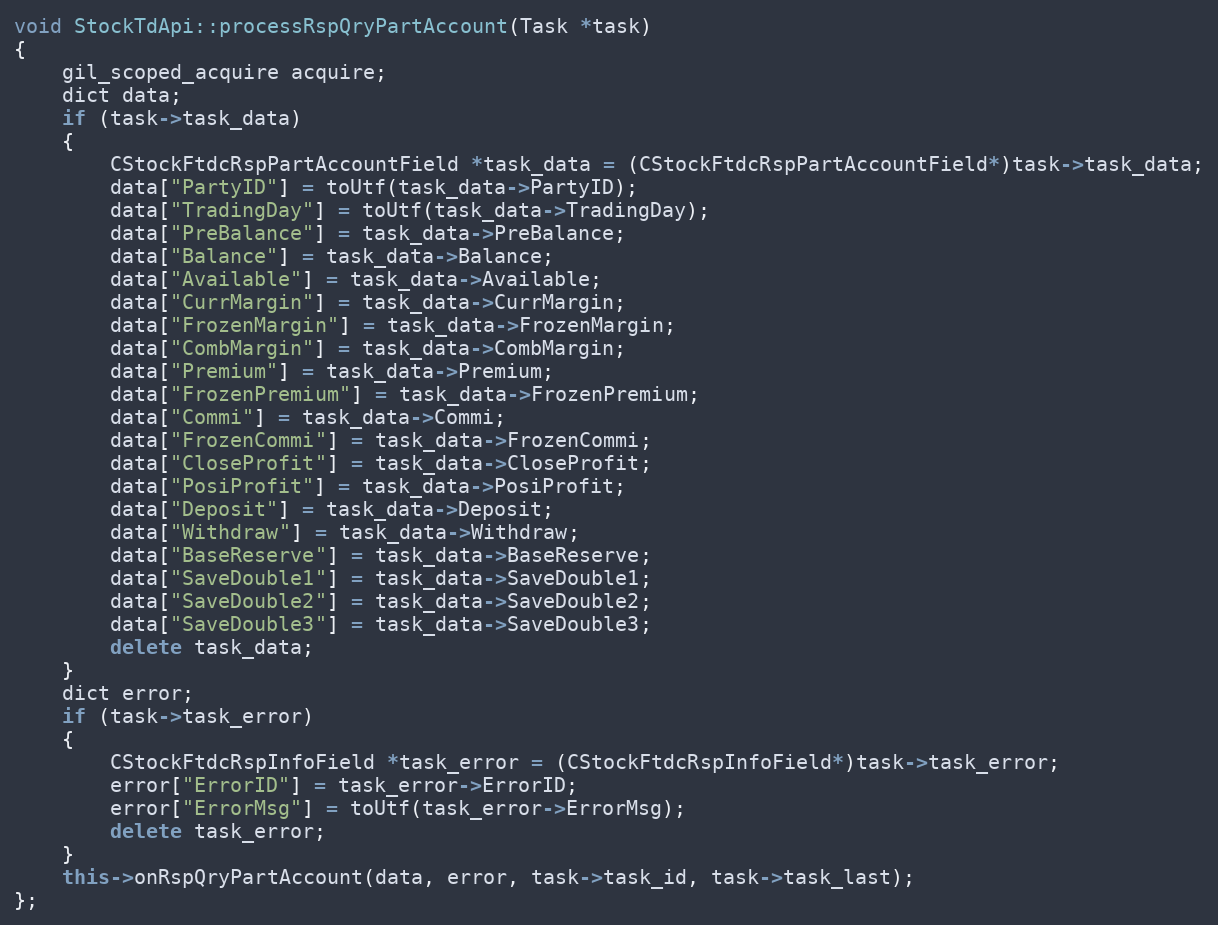
Language: C++
void StockTdApi::processRspQryPartAccount(Task *task)
{
	gil_scoped_acquire acquire;
	dict data;
	if (task->task_data)
	{
		CStockFtdcRspPartAccountField *task_data = (CStockFtdcRspPartAccountField*)task->task_data;
		data["PartyID"] = toUtf(task_data->PartyID);
		data["TradingDay"] = toUtf(task_data->TradingDay);
		data["PreBalance"] = task_data->PreBalance;
		data["Balance"] = task_data->Balance;
		data["Available"] = task_data->Available;
		data["CurrMargin"] = task_data->CurrMargin;
		data["FrozenMargin"] = task_data->FrozenMargin;
		data["CombMargin"] = task_data->CombMargin;
		data["Premium"] = task_data->Premium;
		data["FrozenPremium"] = task_data->FrozenPremium;
		data["Commi"] = task_data->Commi;
		data["FrozenCommi"] = task_data->FrozenCommi;
		data["CloseProfit"] = task_data->CloseProfit;
		data["PosiProfit"] = task_data->PosiProfit;
		data["Deposit"] = task_data->Deposit;
		data["Withdraw"] = task_data->Withdraw;
		data["BaseReserve"] = task_data->BaseReserve;
		data["SaveDouble1"] = task_data->SaveDouble1;
		data["SaveDouble2"] = task_data->SaveDouble2;
		data["SaveDouble3"] = task_data->SaveDouble3;
		delete task_data;
	}
	dict error;
	if (task->task_error)
	{
		CStockFtdcRspInfoField *task_error = (CStockFtdcRspInfoField*)task->task_error;
		error["ErrorID"] = task_error->ErrorID;
		error["ErrorMsg"] = toUtf(task_error->ErrorMsg);
		delete task_error;
	}
	this->onRspQryPartAccount(data, error, task->task_id, task->task_last);
};